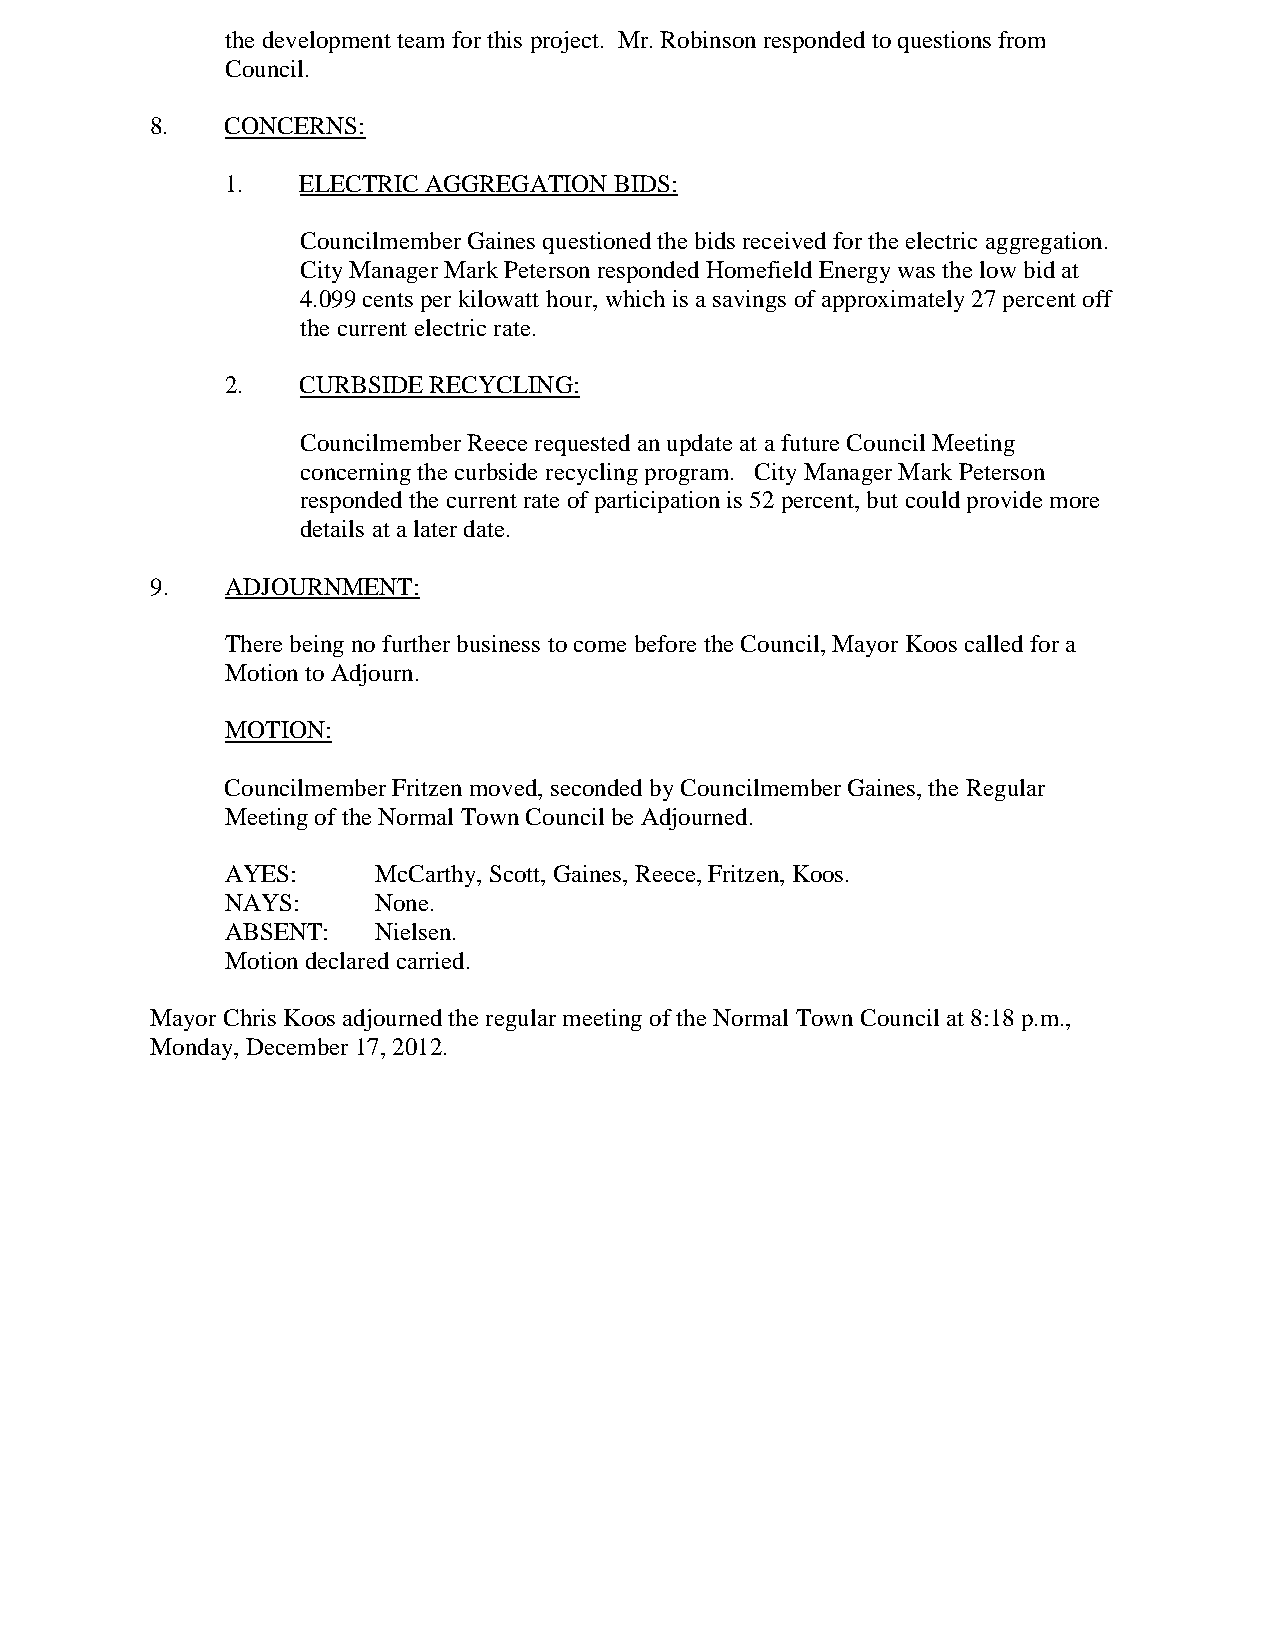
the development team for this project. Mr. Robinson responded to questions from
 Council.
 8.   CONCERNS:
 1.   ELECTRIC AGGREGATION BIDS:
 Councilmember Gaines questioned the bids received for the electric aggregation.
 City Manager Mark Peterson responded Homefield Energy was the low bid at
 4.099 cents per kilowatt hour, which is a savings of approximately 27 percent off
 the current electric rate.
 2.   CURBSIDE RECYCLING:
 Councilmember Reece requested an update at a future Council Meeting
 concerning the curbside recycling program. City Manager Mark Peterson
 responded the current rate of participation is 52 percent, but could provide more
 details at a later date.
 9.   ADJOURNMENT:
 There being no further business to come before the Council, Mayor Koos called for a
 Motion to Adjourn.
 MOTION:
 Councilmember Fritzen moved, seconded by Councilmember Gaines, the Regular
 Meeting of the Normal Town Council be Adjourned.
 AYES:     McCarthy, Scott, Gaines, Reece, Fritzen, Koos.
 NAYS:     None.
 ABSENT:   Nielsen.
 Motion declared carried.
 Mayor Chris Koos adjourned the regular meeting of the Normal Town Council at 8:18 p.m.,
 Monday, December 17, 2012.